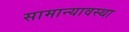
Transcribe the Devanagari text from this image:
सामान्यावस्था